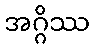
အဂ္ဂိဿ